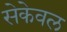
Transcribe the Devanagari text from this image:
सेकेवल